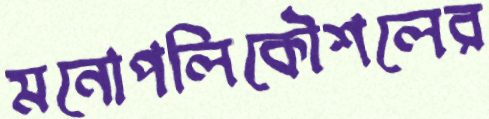
মনোপলিকৌশলের